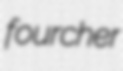
fourcher